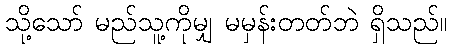
သို့သော် မည်သူ့ကိုမျှ မမှန်းတတ်ဘဲ ရှိသည်။